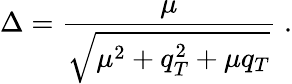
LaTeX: \Delta=\frac{\mu}{\sqrt{\mu^{2}+q_{T}^{2}+\mu q_{T}}}\; .